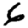
Digit: 6